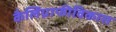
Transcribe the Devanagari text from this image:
कैलिग्राफीविकास